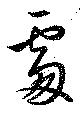
處